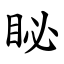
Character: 䀣